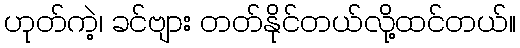
ဟုတ်ကဲ့၊ ခင်ဗျား တတ်နိုင်တယ်လို့ထင်တယ်။